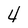
Character: 4